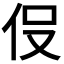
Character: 𬽹